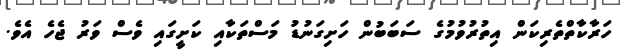
ހަރާކާތްތެރިކަން އިތުރުވުމުގެ ސަބަބުން ހަށިގަނުޑު މަސްތަކާއި ކަށީގައި ވެސް ވަރު ޖެހެ އެވެ.